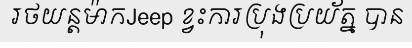
រថយន្តម៉ាកJeep ខ្វះការប្រុងប្រយ័ត្ន បាន